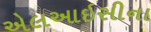
એલઆઇસીના